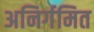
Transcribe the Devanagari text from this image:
अनिर्गमित